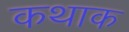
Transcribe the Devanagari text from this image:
कथाक